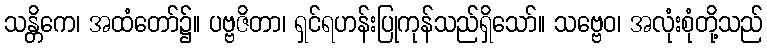
သန္တိကေ၊ အထံတော်၌။ ပဗ္ဗဇိတာ၊ ရှင်ရဟန်းပြုကုန်သည်ရှိသော်။ သဗ္ဗေဝ၊ အလုံးစုံတို့သည်